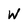
Character: W